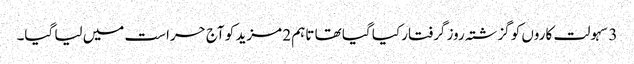
3 سہولت کاروں کو گزشتہ روز گرفتار کیا گیا تھا تاہم 2 مزید کو آج حراست میں لیا گیا۔